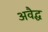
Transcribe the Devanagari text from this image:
अवैद्ध